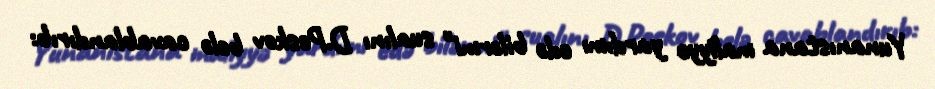
Yunanıstana maliyyə yardımı edə bilərmi" sualını D.Peskov belə cavablandırıb: